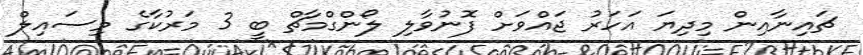
ޗައިނާއިން މިދިޔަ އަހަރު ޖައްވަށް ފޮނުވާލި ލޯންގްމާޗް ބީ 3 މަރުކާގެ މިސައިލް